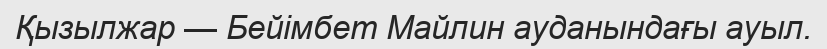
Қызылжар — Бейімбет Майлин ауданындағы ауыл.